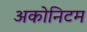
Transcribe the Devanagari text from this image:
अकोनिटम